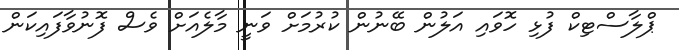
ޕްލާސްޓިކް ފުޅި ހޮވައި އަލުން ބޭނުން ކުރުމަށް ވަނީ މާލެއަށް ވެސް ފޮނުވާފައިކަން